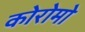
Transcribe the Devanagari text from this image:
कोरोमो